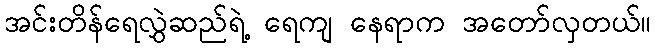
အင်းတိန်ရေလွှဲဆည်ရဲ့ ရေကျ နေရာက အတော်လှတယ်။